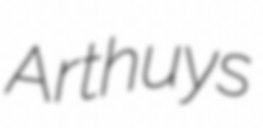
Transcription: Arthuys